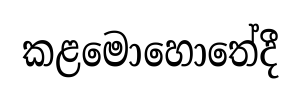
කළමොහොතේදී